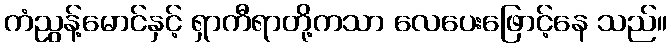
ကံညွန့်မောင်နှင့် ရှာကီရာတို့ကသာ လေပေးဖြောင့်နေ သည်။